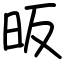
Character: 昄